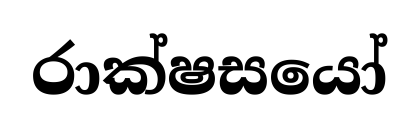
රාක්ෂසයෝ